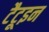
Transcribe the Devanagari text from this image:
टैटूइन